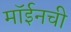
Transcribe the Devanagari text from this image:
मॉईनची